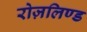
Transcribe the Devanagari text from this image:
रोज़लिण्ड